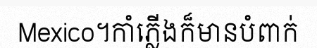
Mexico។កាំភ្លើងក៏មានបំពាក់